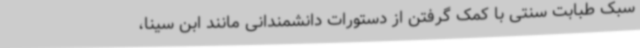
سبک طبابت سنتی با کمک گرفتن از دستورات دانشمندانی مانند ابن سینا،